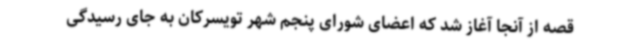
قصه از آنجا آغاز شد که اعضای شورای پنجم شهر تویسرکان به جای رسیدگی